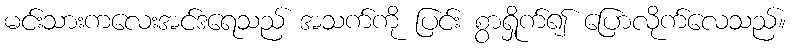
မင်းသားကလေးအင်ဒရေသည် အသက်ကို ပြင်း စွာရှိုက်၍ ပြောလိုက်လေသည်။